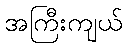
အကြီးကျယ်